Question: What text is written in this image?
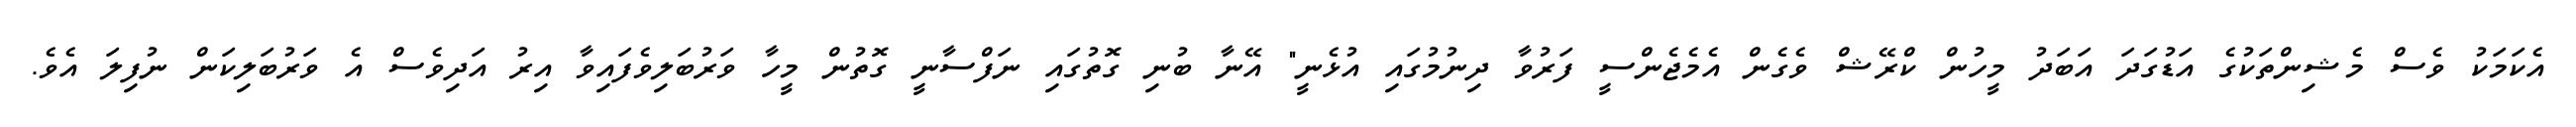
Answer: އެކަމަކު ވެސް މެޝިންތަކުގެ އަޑުގަދަ އަބަދު މީހުން ކްރޭޝް ވެގެން އެމެޖެންސީ ފަރުވާ ދިނުމުގައި އުޅެނީ" އޭނާ ބުނި ގޮތުގައި ނަފްސާނީ ގޮތުން މީހާ ވަރުބަލިވެފައިވާ އިރު އަދިވެސް އެ ވަރުބަލިކަން ނުފިލަ އެވެ.